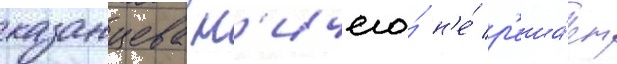
казанцева н'ичего́ н'е́ р'еша́ет